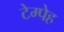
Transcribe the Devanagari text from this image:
टेम्पेह